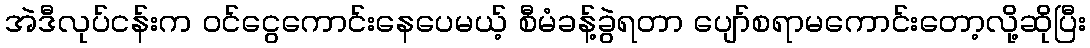
အဲဒီလုပ်ငန်းက ဝင်ငွေကောင်းနေပေမယ့် စီမံခန့်ခွဲရတာ ပျော်စရာမကောင်းတော့လို့ဆိုပြီး